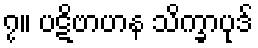
၇။ ပဋိဗာဟန သိက္ခာပုဒ်